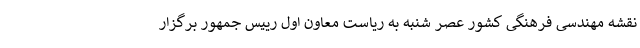
نقشه مهندسی فرهنگی کشور عصر شنبه به ریاست معاون اول رییس جمهور برگزار